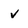
Character: V